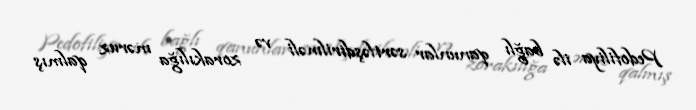
Pedofiliya ilə bağlı qanunlar sərtləşdirilməli və zorakılığa məruz qalmış